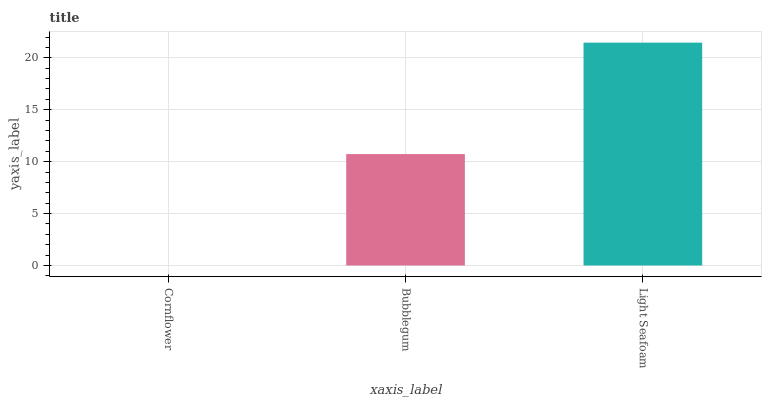
| xaxis_label | bars |
 | --- | --- |
 | Cornflower | 0 |
 | Bubblegum | 10.7 |
 | Light Seafoam | 21.5 |